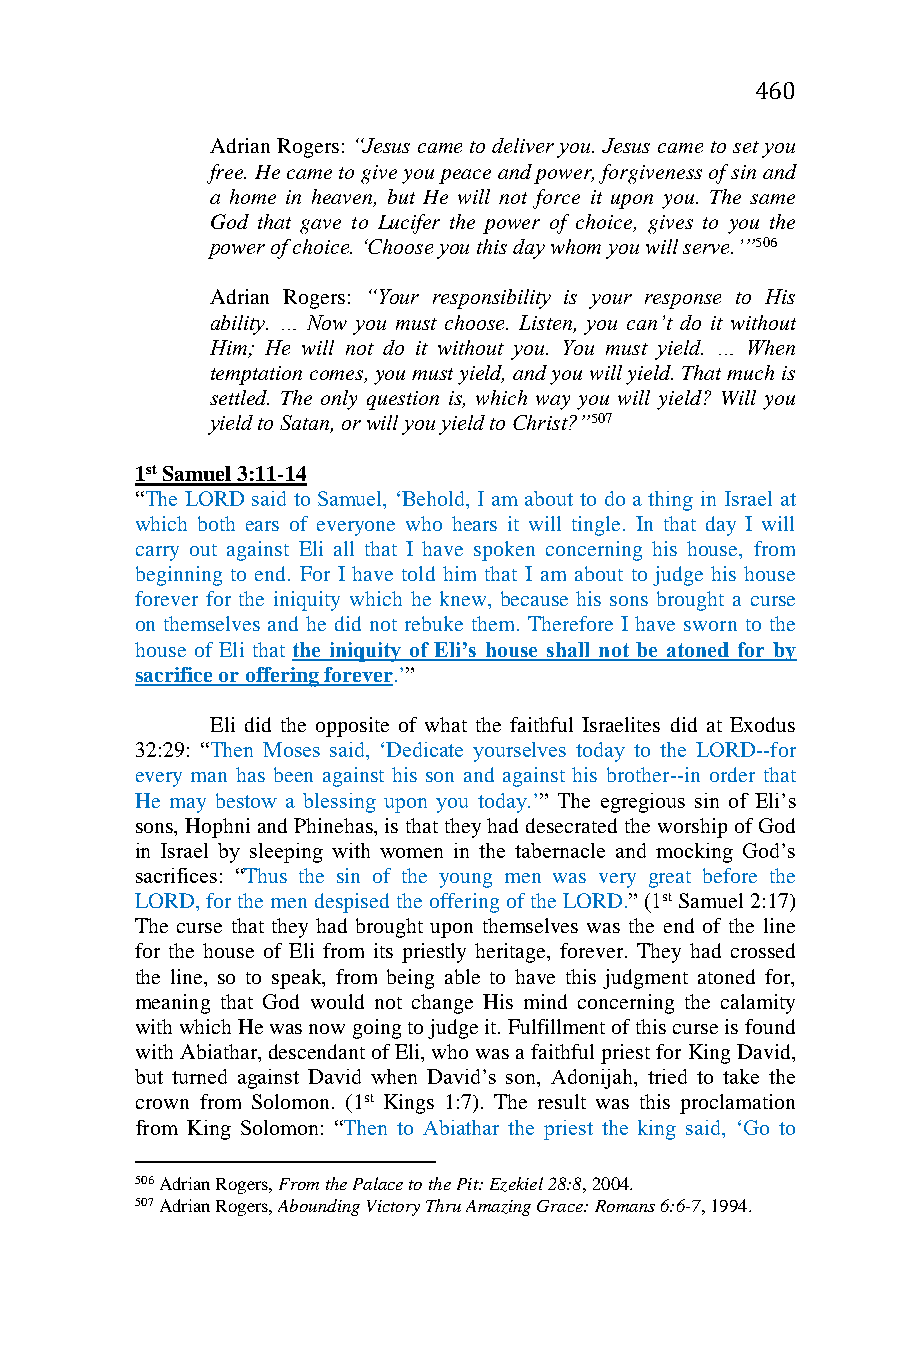
460
 Adrian Rogers: “Jesus came to deliver you. Jesus came to set you
 free. He came to give you peace and power, forgiveness of sin and
 a home in heaven, but He will not force it upon you. The same
 God that gave to Lucifer the power of choice, gives to you the
 power of choice. ‘Choose you this day whom you will serve.’”506
 Adrian Rogers: “Your responsibility is your response to His
 ability. … Now you must choose. Listen, you can’t do it without
 Him; He will not do it without you. You must yield. … When
 temptation comes, you must yield, and you will yield. That much is
 settled. The only question is, which way you will yield? Will you
 yield to Satan, or will you yield to Christ?”507
 1st Samuel 3:11-14
 “The LORD said to Samuel, ‘Behold, I am about to do a thing in Israel at
 which both ears of everyone who hears it will tingle. In that day I will
 carry out against Eli all that I have spoken concerning his house, from
 beginning to end. For I have told him that I am about to judge his house
 forever for the iniquity which he knew, because his sons brought a curse
 on themselves and he did not rebuke them. Therefore I have sworn to the
 house of Eli that the iniquity of Eli’s house shall not be atoned for by
 sacrifice or offering forever.’”
 Eli did the opposite of what the faithful Israelites did at Exodus
 32:29: “Then Moses said, ‘Dedicate yourselves today to the LORD--for
 every man has been against his son and against his brother--in order that
 He may bestow a blessing upon you today.’” The egregious sin of Eli’s
 sons, Hophni and Phinehas, is that they had desecrated the worship of God
 in Israel by sleeping with women in the tabernacle and mocking God’s
 sacrifices: “Thus the sin of the young men was very great before the
 LORD, for the men despised the offering of the LORD.” (1st Samuel 2:17)
 The curse that they had brought upon themselves was the end of the line
 for the house of Eli from its priestly heritage, forever. They had crossed
 the line, so to speak, from being able to have this judgment atoned for,
 meaning that God would not change His mind concerning the calamity
 with which He was now going to judge it. Fulfillment of this curse is found
 with Abiathar, descendant of Eli, who was a faithful priest for King David,
 but turned against David when David’s son, Adonijah, tried to take the
 crown from Solomon. (1st Kings 1:7). The result was this proclamation
 from King Solomon: “Then to Abiathar the priest the king said, ‘Go to
 506 Adrian Rogers, From the Palace to the Pit: Ezekiel 28:8, 2004.
 507 Adrian Rogers, Abounding Victory Thru Amazing Grace: Romans 6:6-7, 1994.